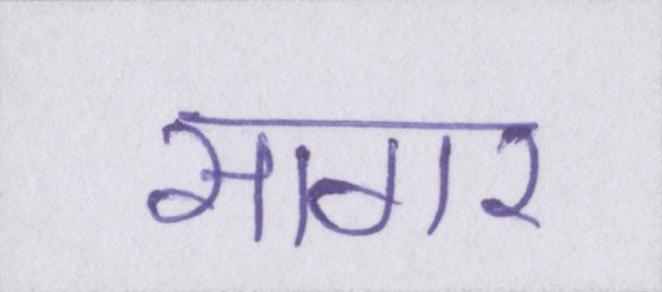
सागर